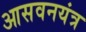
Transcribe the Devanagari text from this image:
आसवनयंत्र